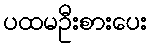
ပထမဦးစားပေး